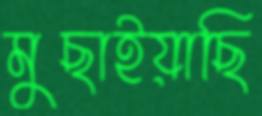
মুছাইয়াছি